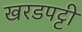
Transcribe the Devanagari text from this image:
खरडपट्टी